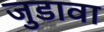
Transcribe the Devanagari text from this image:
जुडावा